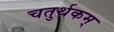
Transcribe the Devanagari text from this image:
चतुर्थकम्